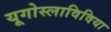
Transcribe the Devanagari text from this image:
यूगोस्लाविविया